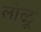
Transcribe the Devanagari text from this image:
लोळू